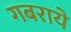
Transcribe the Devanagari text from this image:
गबराये